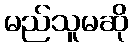
မည်သူမဆို